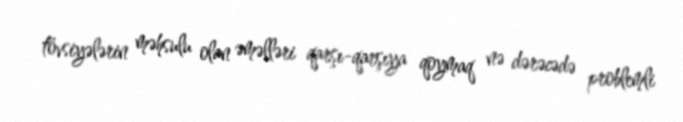
tövsiyələrin məhsulu olan əməlləri qarşı-qarşıya qoymaq nə dərəcədə problemli